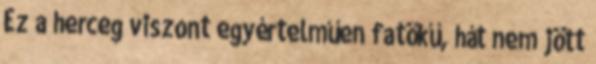
Ez a herceg viszont egyértelműen fatökű, hát nem jött